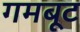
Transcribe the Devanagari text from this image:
गमबूट